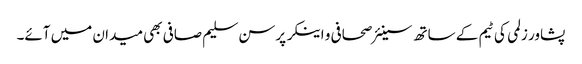
پشاور زلمی کی ٹیم کے ساتھ سینئر صحافی و اینکر پرسن سلیم صافی بھی میدان میں آئے۔